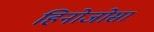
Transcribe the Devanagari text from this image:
हिनोजोसा